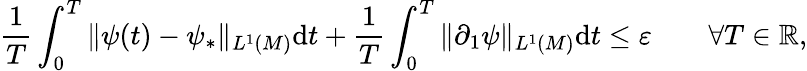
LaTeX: \frac{1}{T}\int_{0}^{T}\| \psi(t)-\psi_{*}\| _{L^{1}(M)}\mathrm{d}t+\frac{1}{T}\int_{0}^{T}\| \partial_{1}\psi\| _{L^{1}(M)}\mathrm{d}t\leq\varepsilon\qquad\forall T\in\mathbb{R},